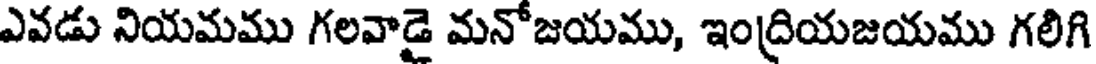
ఎవడు నియమము గలవాడై మనోజయము, ఇంద్రియజయము గలిగి